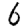
Digit: 6